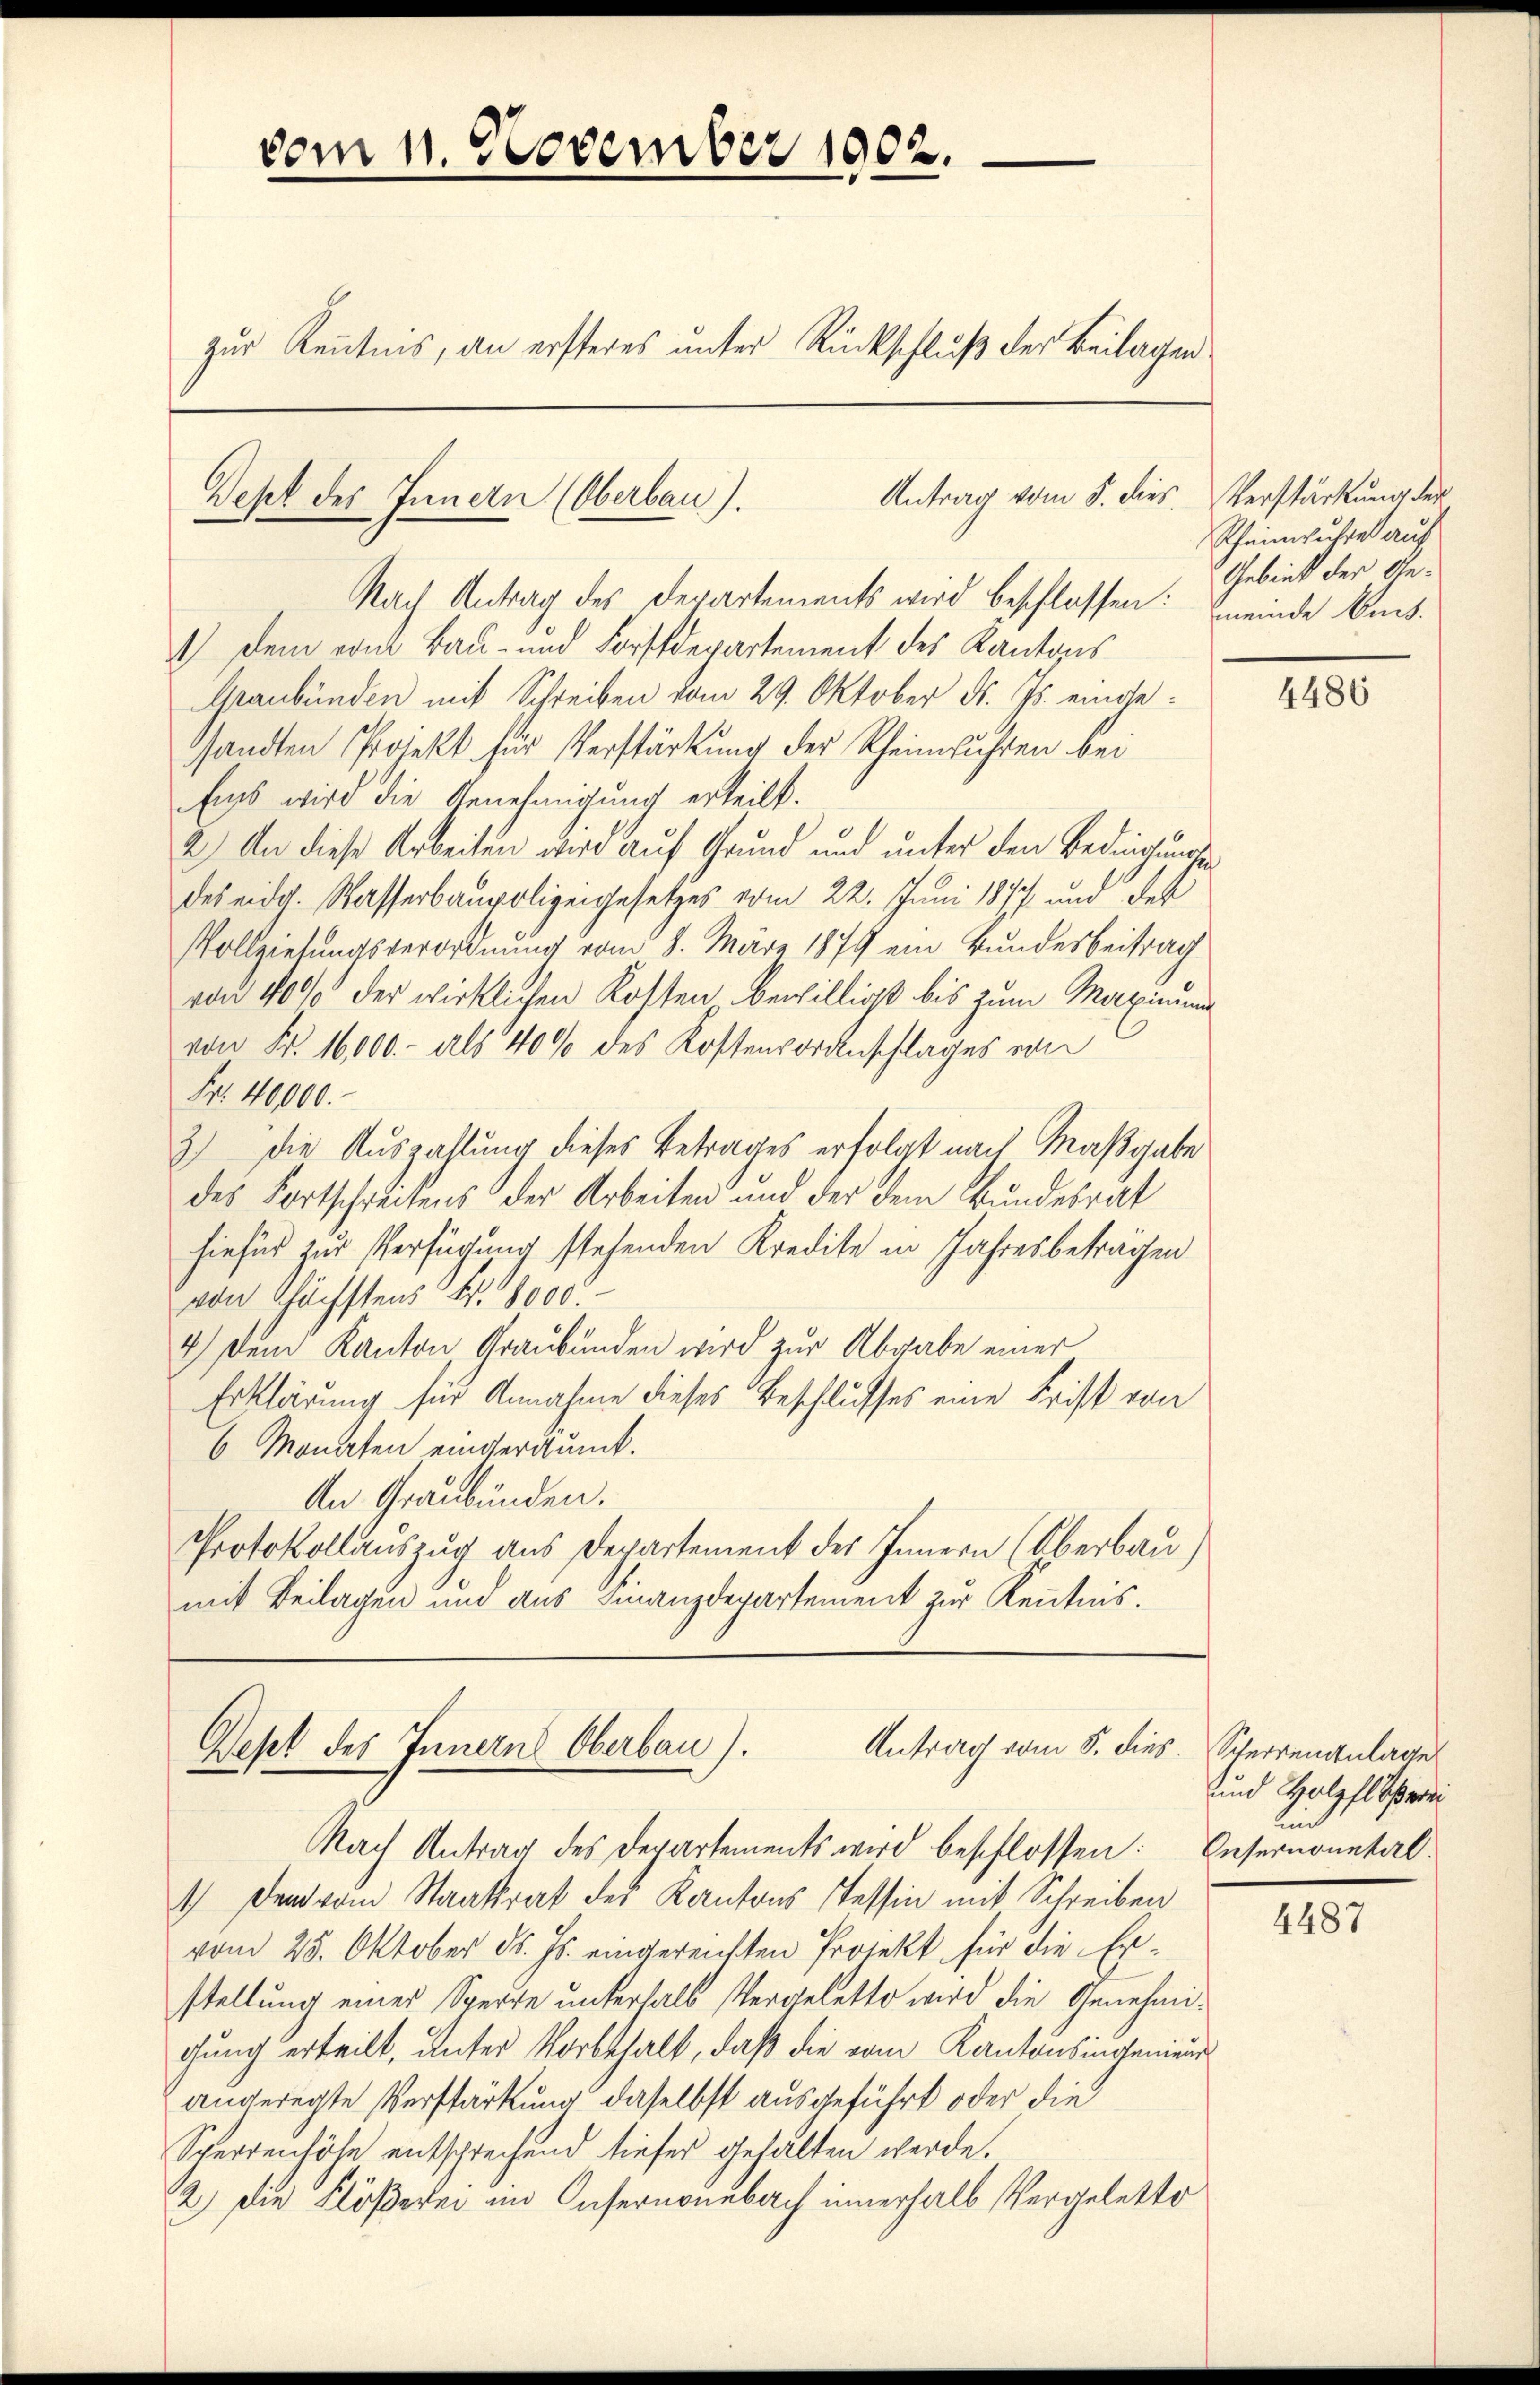
vom 1. November 1902.
zur Kenntnis, an ersteres unter Rückschluß der Beilagen
Antrag vom 5. dies Verstärkung der
Dept des Innern (Oberbau).

Nach Antrag des Departements wird beschlossen: meinde kant¬
1.) Dem von Bau- und Forstdepartement des Kantons
Graubünden mit Schreiben vom 29. Oktober d. Js. eingesandten Projekt für Verstärkung der Rheinfuhren bei
Eis wird die Genehmigung erteilt.
2) An diese Arbeiten wird auf Grund und unter den Bedingungs
des eidg. Wasserbaupolizeigesetzes vom 22. Juni 1877 und des
Vollziehungsverordnung vom 8. März 1879 ein Bundesbeitrag
von 40% der wirklichen Kosten bewilligt bis zum Maximum
von Fr. 16,000.- als 40% des Kostenvoranschlages von
Fr. 40000.
3) Die Auszahlung dieses Betrages erfolgt nach Maßgabe
des Fortschreibens der Arbeiten und der dem Bundesrat
hiefür zur Verfügung stehenden Kredite in Jahresbeträgen
von höchstens Fr. 8000.
4) Dem Kanton, Graubünden wird zur Abgabe einer
Erklärung für Annahme dieses Beschlusses eine Frist von
6 Monaten eingeräumt.
An Graubünden.
Protokollauszug aus Departement des Innern (Oberbau)
mit Beilagen und aus Finanzdepartement zur Kenntnis.

Dept des Innern Oberbau). Antrag vom 8. dies

Nach Antrag des Departements wird beschlossen: Unsernometal¬
 Den vom Staatsrat des Kantons Tessin mit Schreiben
vom 25. Oktober d. Js. eingereichten Projekt für die Er-
stellung eines Sperre unterhalb Vergeletto wird die Genehmigung erteilt, unter Vorbehalt, daß die vom Kantonsingenien
angeregte Verstärkung daselbst ausgeführt oder die
Sperrenhöhe entsprechend tiefer gehalten werde.
2) Die Flößerei im Insernonebach innerhalb Vergeletto

Rheinfuhres auf
Gebiet der An¬

4486

Scherrenanlage
und Holzflößerei
Ein

4487